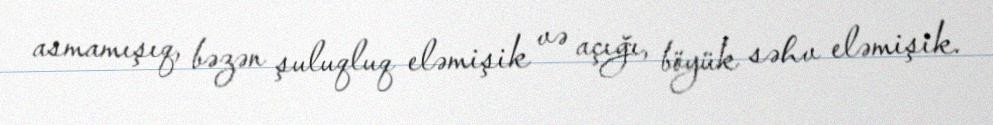
asmamışıq, bəzən şuluqluq eləmişik və açığı, böyük səhv eləmişik.